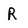
Character: R